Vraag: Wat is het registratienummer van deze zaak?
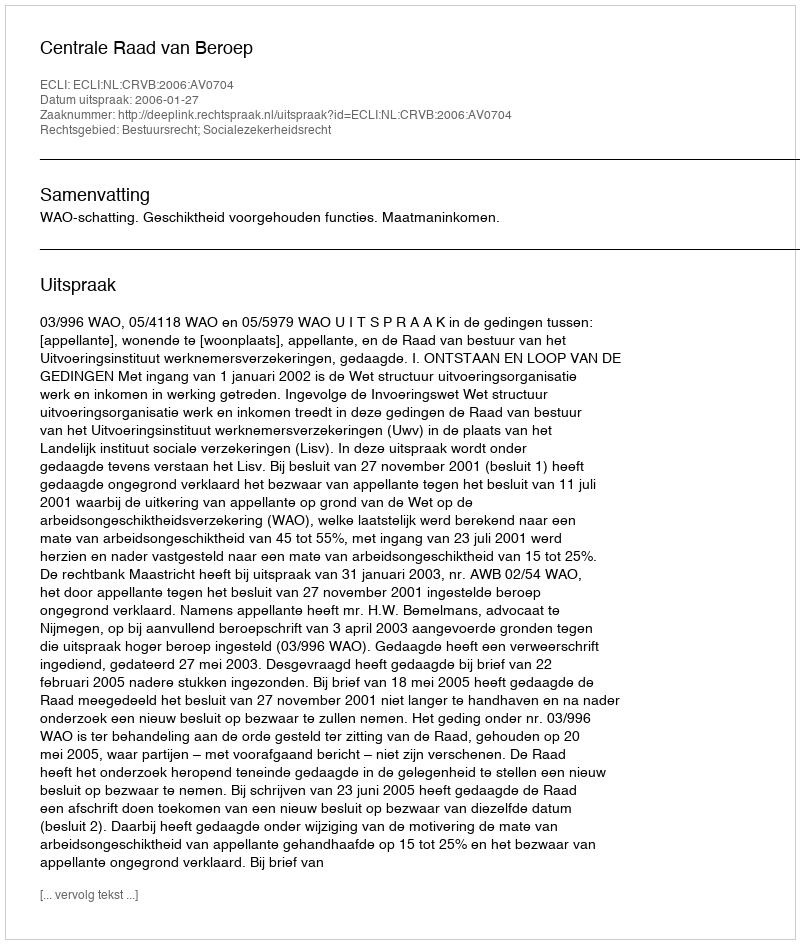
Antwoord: http://deeplink.rechtspraak.nl/uitspraak?id=ECLI:NL:CRVB:2006:AV0704